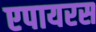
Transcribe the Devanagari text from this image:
एपायरस